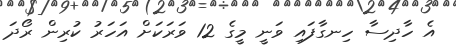
އެ ހާދިސާ ހިނގާފައި ވަނީ މީގެ 12 ވަރަކަށް އަހަރު ކުރިން ރޯދަ